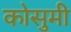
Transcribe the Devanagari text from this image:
कोसुमी